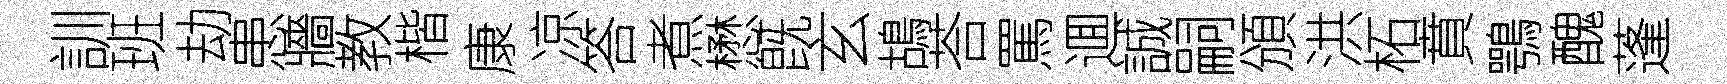
訓班劫患牆教楷康凉答煮懋旣玄鴣荅罵逥誠嗣頒洪柘賁鶚醜蓬